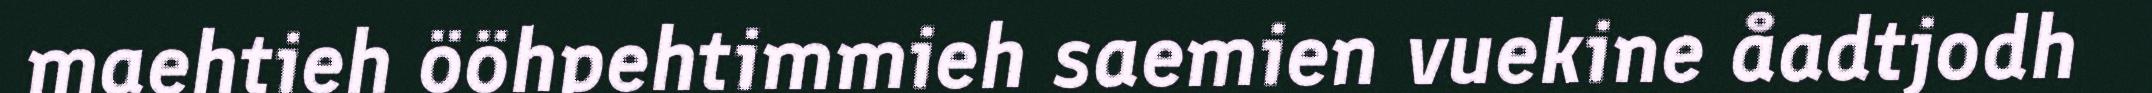
maehtieh ööhpehtimmieh saemien vuekine åadtjodh